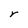
Character: r